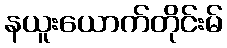
နယူးယောက်တိုင်းမ်